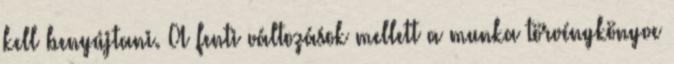
kell benyújtani. A fenti változások mellett a munka törvénykönyve